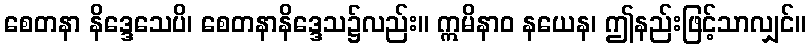
စေတနာ နိဒ္ဒေသေပိ၊ စေတနာနိဒ္ဒေသ၌လည်း။ ဣမိနာဝ နယေန၊ ဤနည်းဖြင့်သာလျှင်။